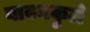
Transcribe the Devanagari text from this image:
बावनकुले